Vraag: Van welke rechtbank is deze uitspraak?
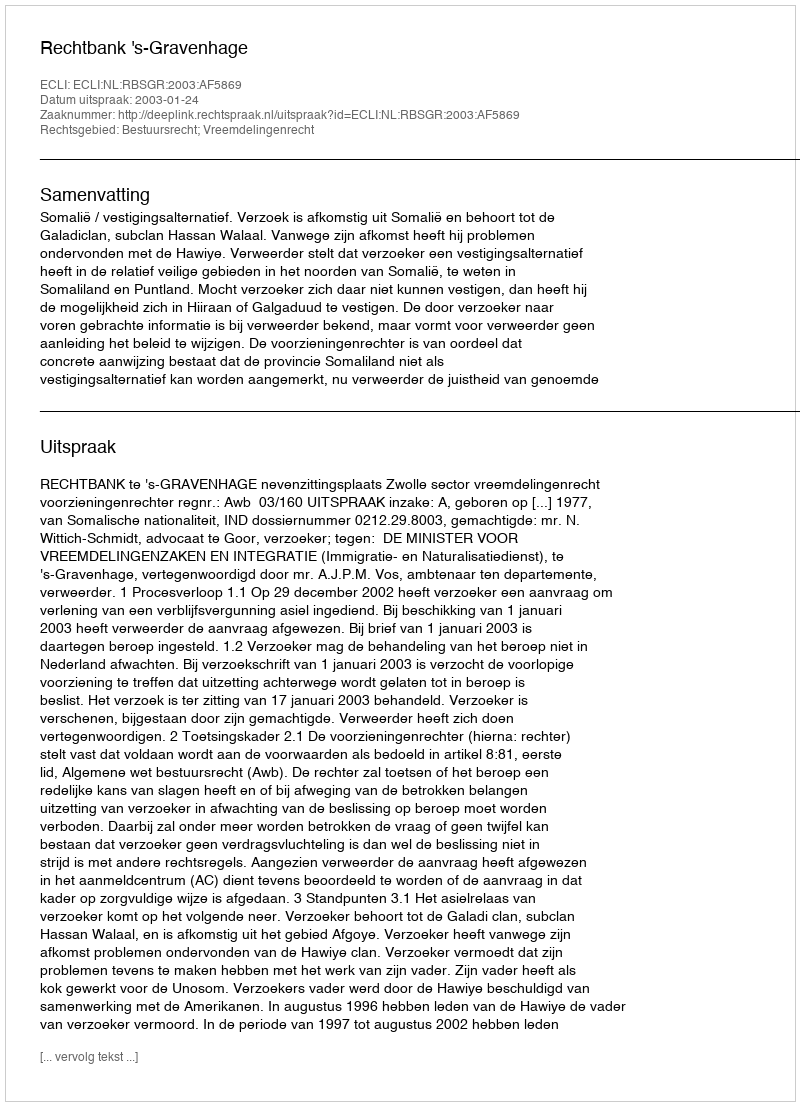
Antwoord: Rechtbank 's-Gravenhage